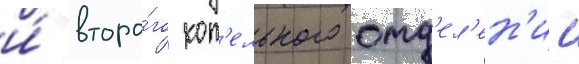
и́ второ́го кот'ельного отд'ел'ен'ии